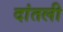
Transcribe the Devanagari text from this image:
दांतली